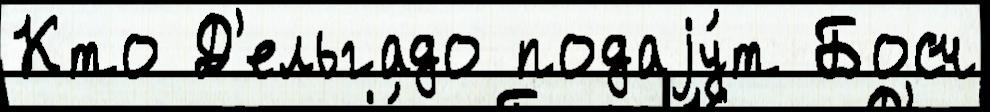
Кто Д'ельгадо подаjу́т Босч